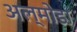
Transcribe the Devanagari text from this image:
अल्मोडा़